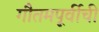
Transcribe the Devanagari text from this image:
गौतमपूर्वीची